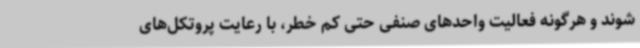
شوند و هرگونه فعالیت واحدهای صنفی حتی کم خطر، با رعایت پروتکل‌های